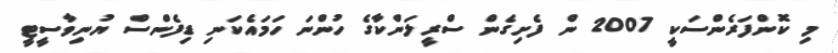
މި ކޮންފަރެންސަކީ 2007 ން ފެށިގެން ސްރީލަންކާގެ ހުންނަ ހަމައެކަނި ޑިފެންސް ޔުނިވާސީޓީ